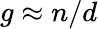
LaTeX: g\approx n/d